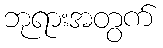
ဘုရားအတွက်